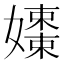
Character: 𡣒